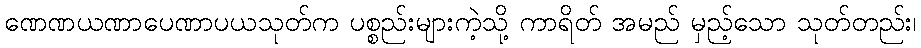
ဏေဏယဏာပေဏာပယသုတ်က ပစ္စည်းများကဲ့သို့ ကာရိတ် အမည် မှည့်သော သုတ်တည်း၊